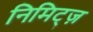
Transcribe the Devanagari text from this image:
निमिट्ज़